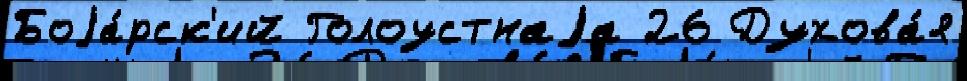
Боjа́рск'ий Голоустнаjа 26 Духова́я